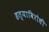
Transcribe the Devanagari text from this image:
हत्याविरोधी